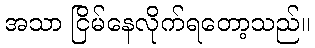
အသာ ငြိမ်နေလိုက်ရတော့သည်။